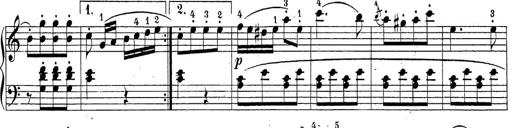
Title: Sonatina Album
Composer: Louis KÃ¶hler